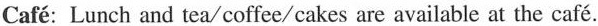
Café: Lunch and tea/coffee/cakes are available at the café.